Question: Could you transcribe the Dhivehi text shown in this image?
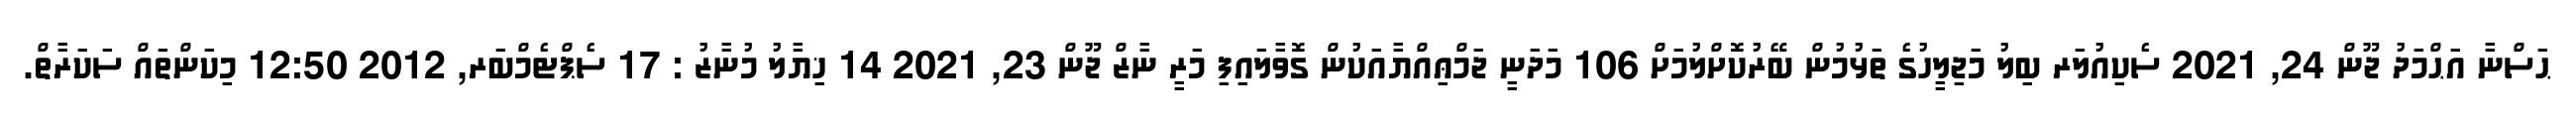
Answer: ޙަސްނާ އަޙްމަދު ޖޫން 24, 2021 ސެކިއުލަރ ބިލު މަޖިލީހުގެ ތަޅުމުން ބޭރުކޮށްލުމަށް 106 މަދަނީ ޖަމްޢިއްޔާއަކުން ގޮވާލައިފި މަރީ ނާޒް ޖޫން 23, 2021 14 ޚިޔާލު މުނާޒު : 17 ސެޕްޓެމްބަރ, 2012 12:50 މިކަންތައް ސަކަރާތް.